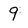
Character: 9